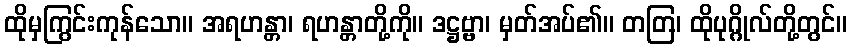
ထိုမှကြွင်းကုန်သော။ အရဟန္တာ၊ ရဟန္တာတို့ကို။ ဒဋ္ဌဗ္ဗာ၊ မှတ်အပ်၏။ တတြ၊ ထိုပုဂ္ဂိုလ်တို့တွင်။